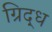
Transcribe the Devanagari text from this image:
ग्रिद्ध